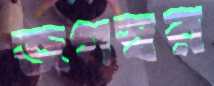
জগস্বর